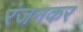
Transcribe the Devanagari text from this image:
रंजनकर